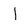
Character: I